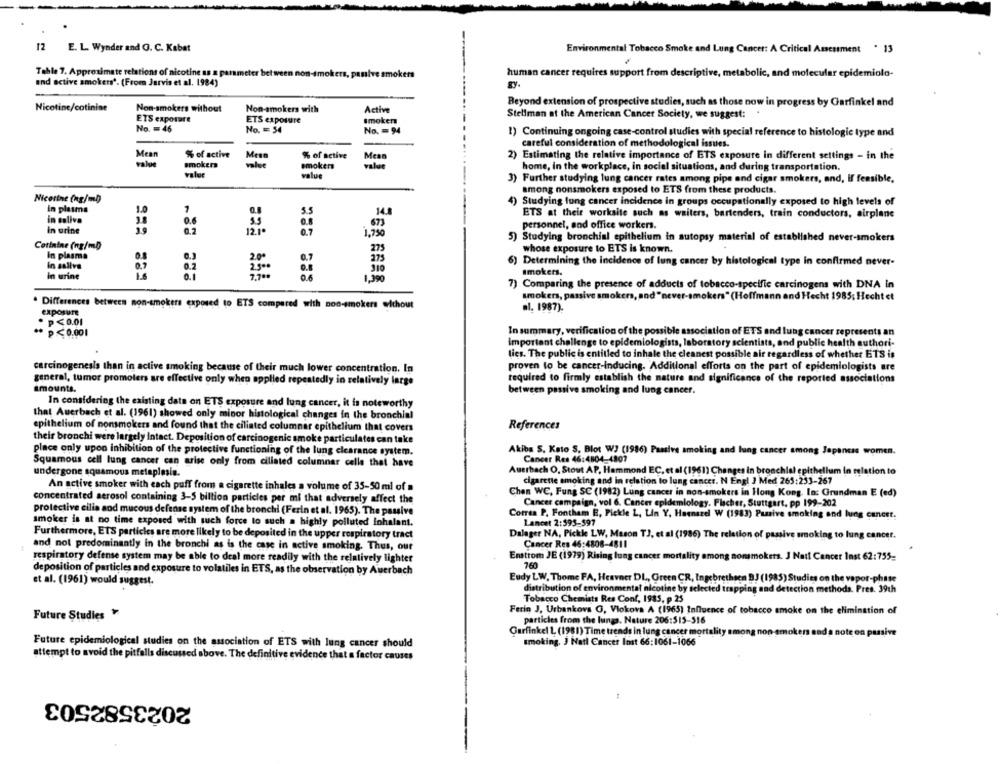
12 E. L. Wynder and O. C. Kabat
Environmental Tobacco Smoke and Lung Cancer: A Critical Amessment . 13
Table 7. Approximate relations of nicotine as a parameter between non
human cancer requires support from descriptive, metabolic, and molecular epidemiolo-
und active smokers'. (From Jarvis et al. 1984)
gy.
Nicotine/cotinine
Non-smokers without
Non-smokers with
Active
Beyond extension of prospective studies, such as those now in progress by Garfinkel and
Stellman at the American Cancer Society, we suggest:
ETS exposure
ETS exposure
smoker
No. = 46
No. = 54
No. = 94
1) Continuing ongoing case-control studies with special reference to histologie type and
careful consideration of methodological issues.
Mean
% of active
% of active
Mean
2) Estimating the relative importance of ETS exposure in different settings - in the
value
Smokers
value
smokers
valee
home, in the workplace, in social situations, and during transportation.
valor
value
3) Further studying lung cancer rates among pipe and cigar smokers, and, If feasible,
among nonsmokers exposed to ETS from these products.
Nicotine (ng/ml)
Studying lung cancer incidence in groups occupationally exposed to high levels of
in plasma
1.0
7
14.8
ETS at their worksite such as waiters, bartenders, train conductors, airplane
in coliva
5.5
in urine
673
personnel, and office workers.
12.1ª
0.7
1,750
5)
Studying bronchial epithelium in autopsy material of established never-smokers
Cotinine (ng/ml)
275
whose exposure to ETS is known.
In plasma
Determining the incidence of lung cancer by histological type in confirmed never-
In sallve
In urine
Imokers.
1,390
7) Comparing the presence of adducts of tobacco-specific carcinogens with DNA In
smokers, passive smokers, and "never-smokers" (Hoffmann and Hecht 1985; Hecht et
. Differences between non-smokers exposed to ETS compared with non-smokers without
exposure
al. 1987).
. P<0.01
** P<0.001
In summary, verification of the possible association of ETS and lung cancer represents an
important challenge to epidemiologists, laboratory scientists, and public health authori-
tics. The public is entitled to inhale the cleanest possible air regardless of whether ETS is
proven to be cancer-Inducing. Additional efforts on the part of epidemiologists are
carcinogenesis than in active smoking because of their much lower concentration, In
general, tumor promoters are effective only when applied repeatedly in relatively large
required to firmly establish the nature and significance of the reported associations
amounts.
between passive smoking and lung cancer.
In considering the existing data on ETS exposure and lung cancer, it is noteworthy
that Auerbach et al. (1961) showed only minor histological changes in the bronchial
epithelium of nonsmokers and found that the ciliated columnar epithelium that covers
References
their bronchi were largely intact. Deposition of carcinogenic smoke particulates can take
place only upon inhibition of the protective functioning of the lung clearance system.
Akiba S. Kato S, Blot WJ (1986) Passive smoking and lung cancer among Japancas women.
Cancer Res 46:4804-4807
Squamous cell lung cancer can arise only from ciliated columnar celle that have
undergone squamous metaplasia.
Auerbach O. Stout AP, Hammond EC, et al (1961) Changes in bronchial epithelium in relation to
cigarette smoking and in relation to lung cancer. N Engl J Med 265:233-267
An active smoker with each puff from a cigarette inhales a volume of 35-50 ml of a
Chen WC, Fung SC (1982) Lung cancer in non-smokers in Hong Kong. In: Grundman E (ed)
concentrated aerosol containing 3-5 billion particles per mi that adversely affect the
Cancer campaign, vol 6. Cancer epidemiology. Fischer, Stuttgart, pp 199 .- 202
protective cilia and mucous defense system of the bronchi (Ferin et al. 1965). The passive
Correa P. Fontham E, Pickle L, Lin Y. Haenazel W (1983) Passive smoking and lung cancer.
smoker is at no time exposed with such force to such a highly polluted Inhalant.
Lancet 2:595-597
Furthermore, ETS particles are more likely to be deposited in the upper respiratory tract
Dalager NA, Pickle LW, Mason TJ, et al (1986) The relation of passive smoking to lung cancer.
and not predominantly in the bronchi as is the case in active smoking. Thus, our
Cancer Res 46:4808-4811
Enstrom JE (1979) Rising lung cancer mortality among nonsmokers. J Natt Cancer Inst 62:755_
respiratory defense system may be able to deal more readily with the relatively lighter
760
deposition of particles and exposure to volatiles in ETS, as the observation by Auerbach
et al. (1961) would suggest.
Eudy LW. Thome FA, Heavner DL, Green CR, Ingebrethsen BJ (1985) Studies on the vapor-phite
distribution of environmental nicotine by selected trapping and detection methods. Pres. 39th
Tobacco Chemists Res Conf, 1985, p 25
Ferin J, Urbankovs G, Vlokova A (1965) Influence of tobacco smoke on the elimination of
Future Studies
particles from the lungs. Nature 206:515-316
Garfinkel L. (1981) Time trends in lung cancer mortality
okers and a note on passive
Future epidemiological studies on the association of ETS with lung cancer should
smoking. J Natl Cancer Inst 66:1061-1066
attempt to avoid the pitfalls discussed above. The definitive evidence that a factor causes
2023582503